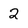
Character: 2